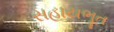
સહાયભૂત